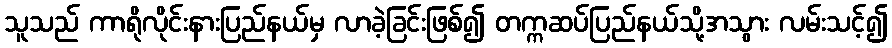
သူသည် ကာရိုလိုင်းနားပြည်နယ်မှ လာခဲ့ခြင်းဖြစ်၍ တက္ကဆပ်ပြည်နယ်သို့အသွား လမ်းသင့်၍